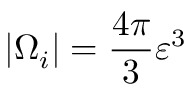
| \Omega _ { i } | = \frac { 4 \pi } { 3 } \varepsilon ^ { 3 }